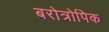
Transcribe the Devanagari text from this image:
बरोत्रोपिक